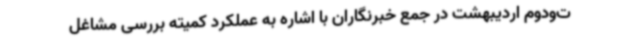
ت‌ودوم اردیبهشت در جمع خبرنگاران با اشاره به عملکرد کمیته بررسی مشاغل